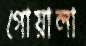
গোয়ালা